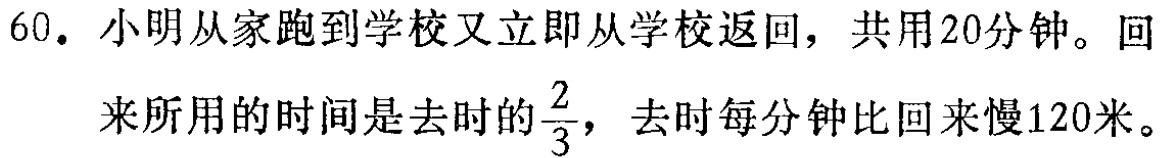
60. 小明从家跑到学校又立即从学校返回，共用20分钟。回

来所用的时间是去时的$\frac{2}{3}$，去时每分钟比回来慢120米。